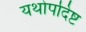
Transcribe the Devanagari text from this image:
यथोपदिष्ट